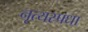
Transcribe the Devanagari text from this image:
नृत्यस्र्पधा